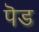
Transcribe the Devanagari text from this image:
पॆड